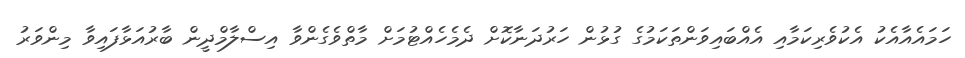
ހަމައެއާއެކު އެކުވެރިކަމާއި އެއްބައިވަންތަކަމުގެ ގުޅުން ހަރުދަނާކޮށް ދެމެހެއްޓުމަށް މާތްވެގެންވާ އިސްލާމްދީން ބާރުއަޅާފައިވާ މިންވަރު